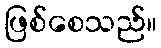
ဖြစ်စေသည်။